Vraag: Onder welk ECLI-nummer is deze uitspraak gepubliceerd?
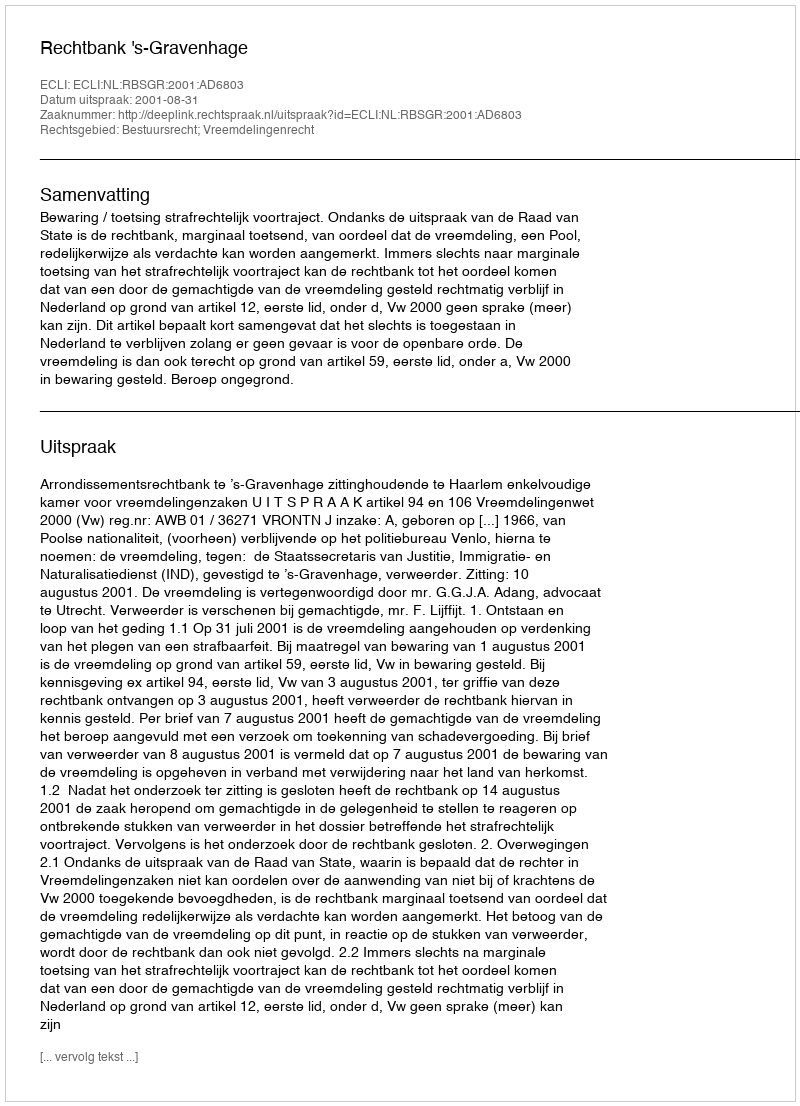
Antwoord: ECLI:NL:RBSGR:2001:AD6803